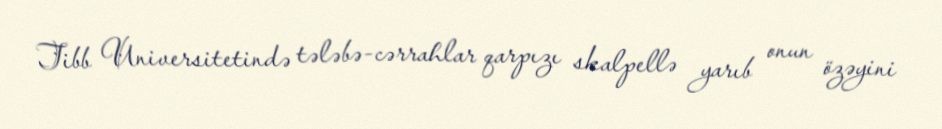
Tibb Universitetində tələbə-cərrahlar qarpızı skalpellə yarıb onun özəyini